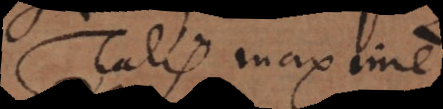
Talis maxime